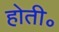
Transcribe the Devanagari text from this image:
होती॰